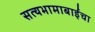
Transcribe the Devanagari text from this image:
सत्यभामाबाईंचा